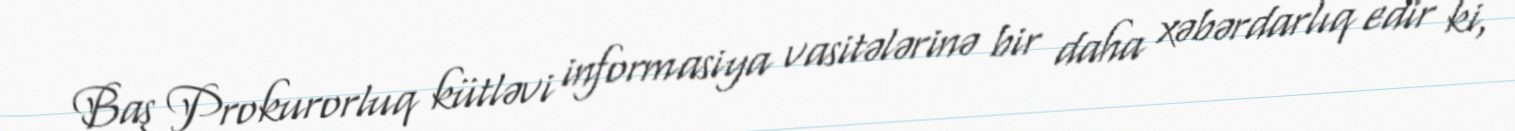
Baş Prokurorluq kütləvi informasiya vasitələrinə bir daha xəbərdarlıq edir ki,